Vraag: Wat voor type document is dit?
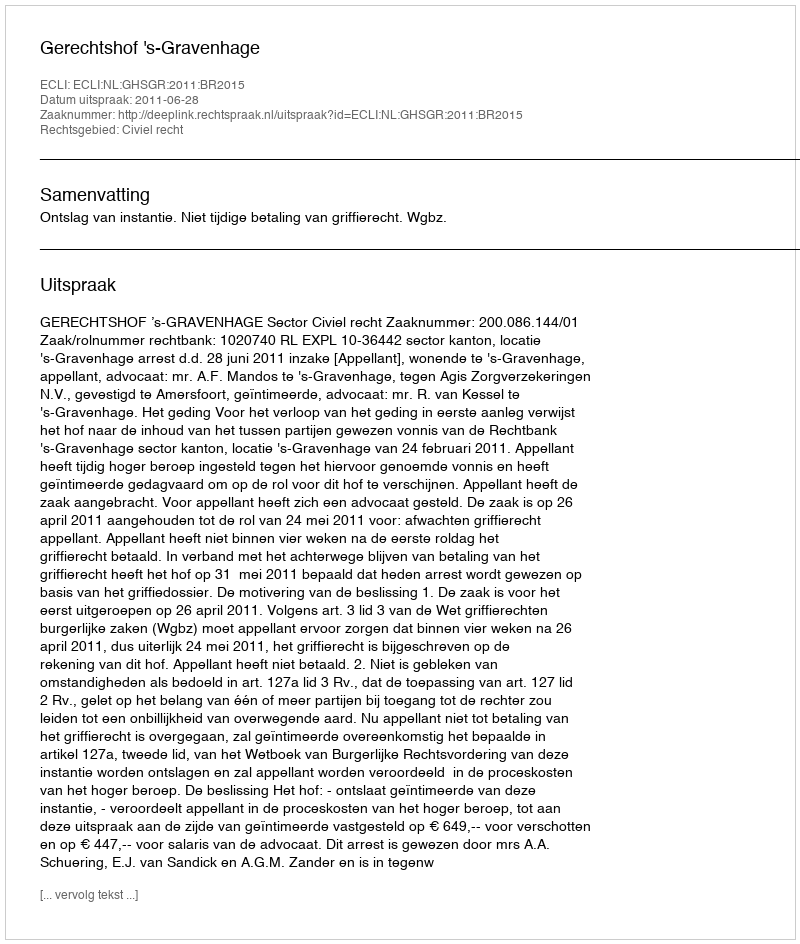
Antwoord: Uitspraak